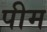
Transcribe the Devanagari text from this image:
पीम